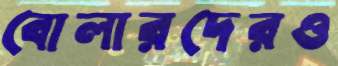
বোলারদেরও